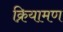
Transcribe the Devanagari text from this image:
क्रियामण